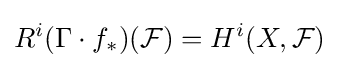
R^{i}(\Gamma \cdot f_{*})({\mathcal {F}})=H^{i}(X,{\mathcal {F}})